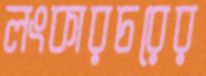
লংকারচরের